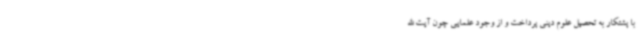
با پشتکار به تحصیل علوم دینی پرداخت و از وجود علمایی چون آیت الله